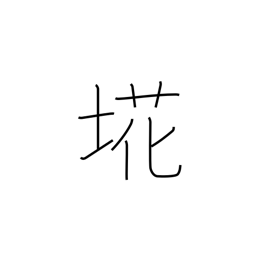
Meaning: refuse